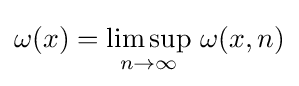
\omega (x)=\limsup _{n\to \infty }\,\omega (x,n)